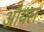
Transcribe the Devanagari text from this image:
औयल